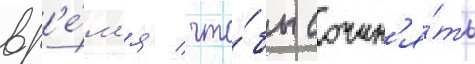
вр'е́м'я / что́бы сочин'я́ть